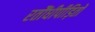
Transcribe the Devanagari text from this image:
रतौंधीपीड़ितों